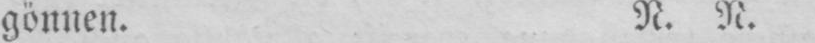
gönnen. N. N.